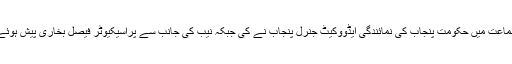
سماعت میں حکومت پنجاب کی نمائندگی ایڈووکیٹ جنرل پنجاب نے کی جبکہ نیب کی جانب سے پراسیکیوٹر فیصل بخاری پیش ہوئے۔